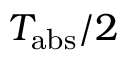
T _ { \mathrm { a b s } } / 2